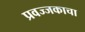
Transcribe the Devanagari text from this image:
प्रवज्जकाचा